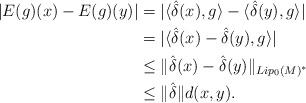
LaTeX: \begin{align*}|E(g)(x) - E(g)(y)| &= | \langle \hat\delta(x) , g\rangle - \langle \hat\delta(y) , g\rangle |\\&= | \langle \hat\delta(x) - \hat\delta(y) , g\rangle |\\& \leq \| \hat\delta(x) - \hat\delta(y) \|_{Lip_0(M)^*}\\& \leq \|\hat\delta\| d(x, y).\end{align*}